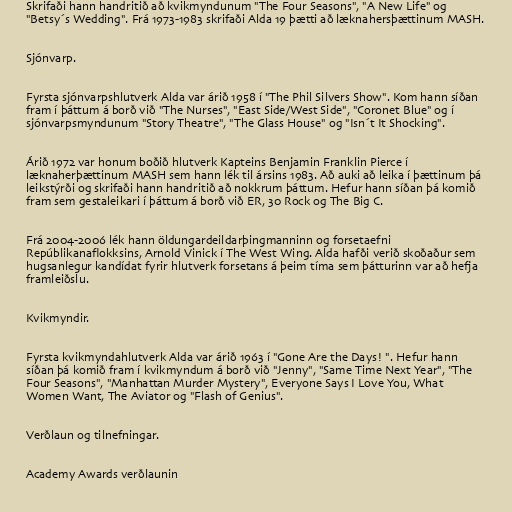
Skrifaði hann handritið að kvikmyndunum "The Four Seasons", "A New Life" og
"Betsy´s Wedding". Frá 1973-1983 skrifaði Alda 19 þætti að læknahersþættinum MASH.

Sjónvarp.

Fyrsta sjónvarpshlutverk Alda var árið 1958 í "The Phil Silvers Show". Kom hann síðan
fram í þáttum á borð við "The Nurses", "East Side/West Side", "Coronet Blue" og í
sjónvarpsmyndunum "Story Theatre", "The Glass House" og "Isn´t It Shocking".

Árið 1972 var honum boðið hlutverk Kapteins Benjamin Franklin Pierce í
læknaherþættinum MASH sem hann lék til ársins 1983. Að auki að leika í þættinum þá
leikstýrði og skrifaði hann handritið að nokkrum þáttum. Hefur hann síðan þá komið
fram sem gestaleikari í þáttum á borð við ER, 30 Rock og The Big C.

Frá 2004-2006 lék hann öldungardeildarþingmanninn og forsetaefni
Repúblikanaflokksins, Arnold Vinick í The West Wing. Alda hafði verið skoðaður sem
hugsanlegur kandídat fyrir hlutverk forsetans á þeim tíma sem þátturinn var að hefja
framleiðslu.

Kvikmyndir.

Fyrsta kvikmyndahlutverk Alda var árið 1963 í "Gone Are the Days! ". Hefur hann
síðan þá komið fram í kvikmyndum á borð við "Jenny", "Same Time Next Year", "The
Four Seasons", "Manhattan Murder Mystery", Everyone Says I Love You, What
Women Want, The Aviator og "Flash of Genius".

Verðlaun og tilnefningar.

Academy Awards verðlaunin